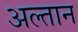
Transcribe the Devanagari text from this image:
अल्तान